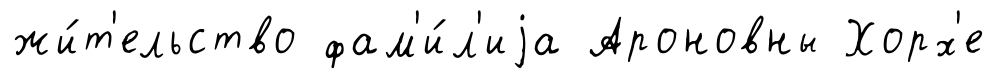
жи́т'ельство фам'и́л'иjа Ароновны Хорх'е